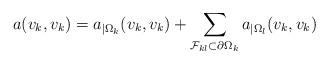
LaTeX: \begin{align*} a(v_k,v_k)=a_{|\Omega_k}(v_k,v_k)+ \sum_{\mathcal{F}_{k l}\subset \partial\Omega_k}a_{|\Omega_l}(v_k,v_k)\end{align*}